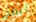
اتظن